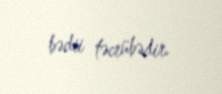
bədii təcrübədir.